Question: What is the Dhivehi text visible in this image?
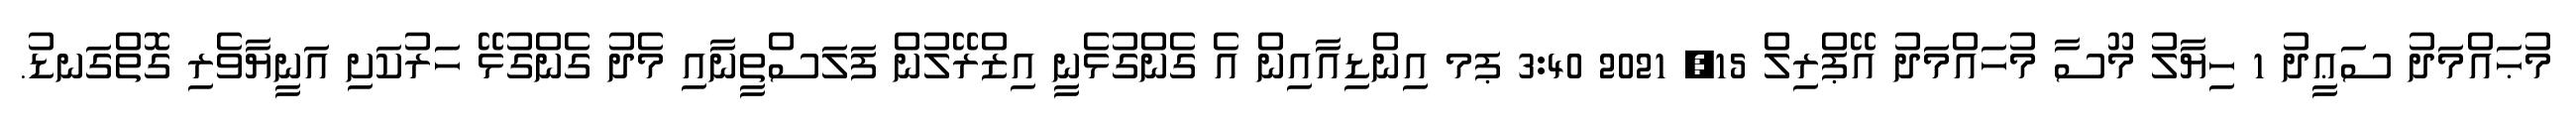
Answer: މުޙައްމަދު ސަޢީދު 1 ހިޔާލު މޫސާ މުހައްމަދު އޭޕްރިލް 15, 2021 3:40 ޕމ އިންޑިއާއިން އެ ގެންގުޅެނީ އިޒްރޭލުން ފަލަސްތީނާއި މެދު ގެންގުޅޭ ހަރުކަށި އަނީޔާވެރި ގޮތްގަނޑު.